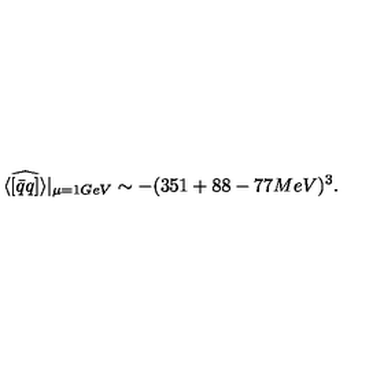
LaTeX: \widehat { \langle [ \bar { q } q ] \rangle } | _ { \mu = 1 G e V } \sim - ( 3 5 1 + 8 8 - 7 7 M e V ) ^ { 3 } .